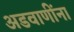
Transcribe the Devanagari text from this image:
अडवाणींना